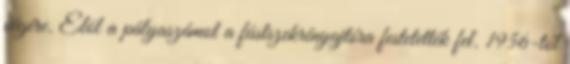
végére. Elöl a pályaszámot a füstszekrényajtóra festetették fel. 1956-tól